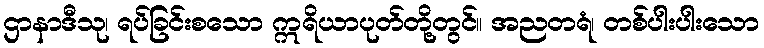
ဌာနာဒီသု၊ ရပ်ခြင်းစသော ဣရိယာပုတ်တို့တွင်။ အညတရံ၊ တစ်ပါးပါးသော